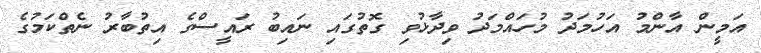
އަމީން އާންމު އަހުމަދު މުހައްމަދު ވިދާޅުވި ގޮތުގައި ނައިބު ރައީސްގެ އިތުބާރު ނެތްކަމުގެ